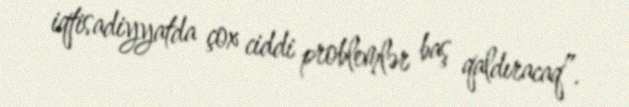
iqtisadiyyatda çox ciddi problemlər baş qaldıracaq”.